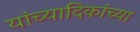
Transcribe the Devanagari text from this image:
यांच्यादिकांच्या